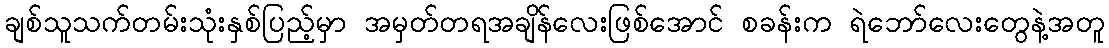
ချစ်သူသက်တမ်းသုံးနှစ်ပြည့်မှာ အမှတ်တရအချိန်လေးဖြစ်အောင် စခန်းက ရဲဘော်လေးတွေနဲ့အတူ